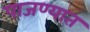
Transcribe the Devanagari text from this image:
पाजण्यात